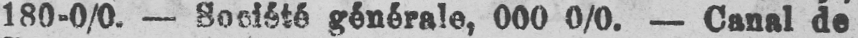
générale, 000 0/0. - Canal de